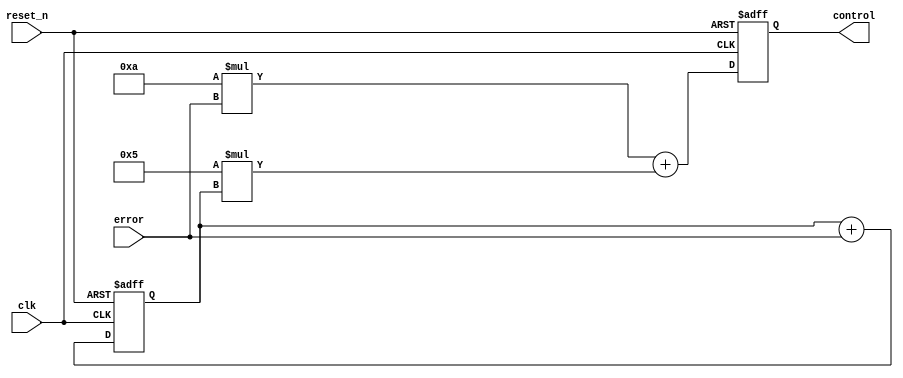
module pi_controller (
  input clk,
  input reset_n,
  input signed [15:0] error,
  output signed [15:0] control
);

  reg signed [31:0] sum = 0;
  reg signed [15:0] Kp = 10;
  reg signed [15:0] Ki = 5;
  reg signed [15:0] integral = 0;

  always @(posedge clk or negedge reset_n) begin
    if (~reset_n) begin
      sum <= 0;
      integral <= 0;
    end else begin
      integral <= integral + error;
      sum <= (Kp * error) + (Ki * integral);
    end
  end

  assign control = sum[15:0];

endmodule